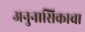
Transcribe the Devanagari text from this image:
अनुनासिकाचा